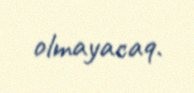
olmayacaq.